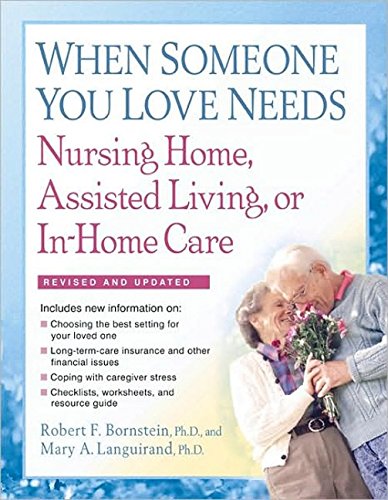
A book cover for When Someone You Love Needs Nursing Home, Assisted Living, or In-Home Care; Robert F., PhD Bornstein; Medical Books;